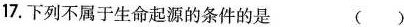
17.下列不属于生命起源的条件的是 ()